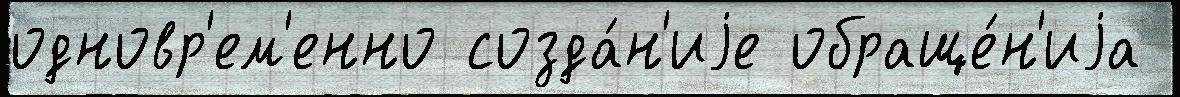
одновр'ем'енно созда́н'иjе обраще́н'иjа